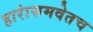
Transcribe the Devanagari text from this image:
हारांसमवेतच